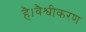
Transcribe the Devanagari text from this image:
है।वैश्वीकरण